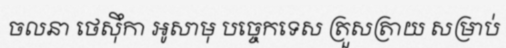
ចលនា ថេស៊ឹកា អូសាមុ បច្ចេកទេស ត្រួសត្រាយ សម្រាប់